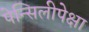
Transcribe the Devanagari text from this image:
पेन्सिलीपेक्षा